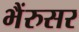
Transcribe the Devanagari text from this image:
भैंरुसर